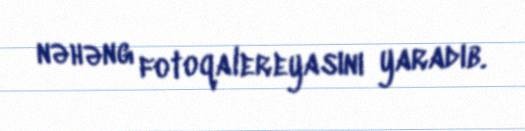
nəhəng fotoqalereyasını yaradıb.